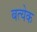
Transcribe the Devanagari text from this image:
बत्येक